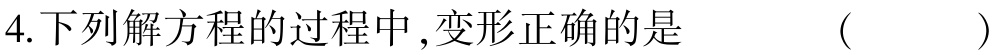
4.下列解方程的过程中,变形正确的是 （  ）